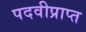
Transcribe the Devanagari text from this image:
पदवीप्राप्त